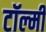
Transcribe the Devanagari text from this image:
टॉल्मी